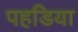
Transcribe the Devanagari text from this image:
पहडिया